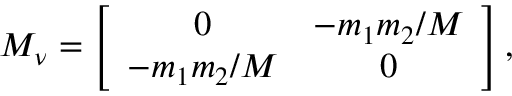
{ \cal M } _ { \nu } = \left[ \begin{array} { c c } { { 0 } } & { { - m _ { 1 } m _ { 2 } / M } } \\ { { - m _ { 1 } m _ { 2 } / M } } & { { 0 } } \end{array} \right] ,